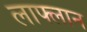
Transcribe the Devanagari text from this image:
लाफ्लान